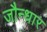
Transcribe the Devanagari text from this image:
जौन्धार